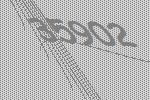
35902